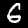
Digit: 6